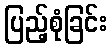
ပြည့်စုံခြင်း